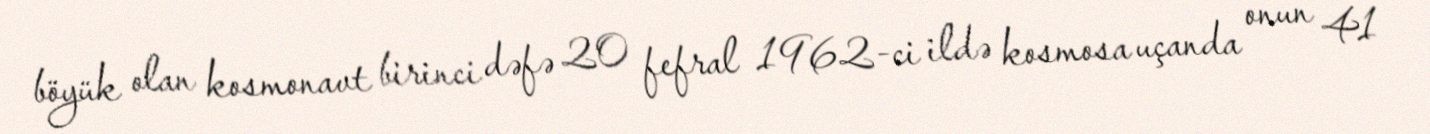
böyük olan kosmonavt birinci dəfə 20 fefral 1962-ci ildə kosmosa uçanda onun 41